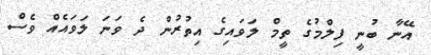
އޭނާ ބުނީ ފިލްމުގެ ތީމް ލަވައިގެ އިތުރުން ދެ ވަނަ ލަވައެއް ވެސް